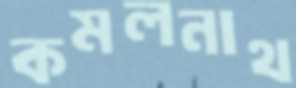
কমলনাথ